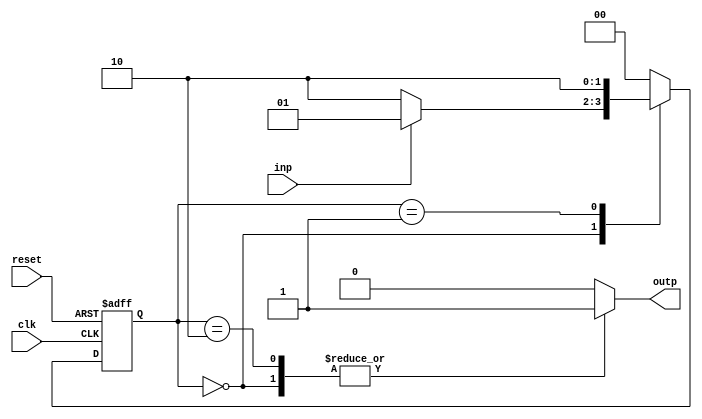
module Moore_StateMachine(
    input wire clk,
    input wire reset,
    input wire inp,
    output reg outp
);

// State definitions
parameter S0 = 2'b00;
parameter S1 = 2'b01;
parameter S2 = 2'b10;

// State register
reg [1:0] state_reg;
always @(posedge clk or posedge reset) begin
    if (reset) begin
        state_reg <= S0;
    end else begin
        case (state_reg)
            S0: begin
                if (inp) state_reg <= S1;
                else state_reg <= S2;
            end
            S1: begin
                state_reg <= S2;
            end
            S2: begin
                state_reg <= S0;
            end
            default: state_reg <= S0;
        endcase
    end
end

// Output logic
always @* begin
    case (state_reg)
        S0: outp = 1'b1;
        S1: outp = 1'b0;
        S2: outp = 1'b1;
        default: outp = 1'b0;
    endcase
end

endmodule